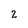
Character: 2